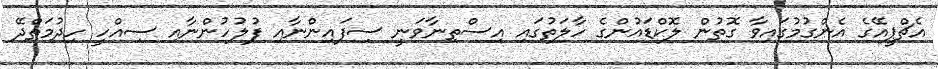
އެޗްޕީއޭގެ އެންގުމުގައިވާ ގޮތުން ލޮކްޑައުންގެ ހާލަތުގައި އިސްތިނާވަނީ ސިފައިންނާއި ފުލުހުންނާއި ސިއްހީ ހިދުމަތްދޭ